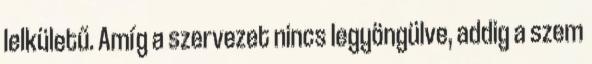
lelkületű. Amíg a szervezet nincs legyöngülve, addig a szem